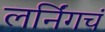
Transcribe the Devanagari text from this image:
लर्निंगचं